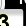
Digit: 3